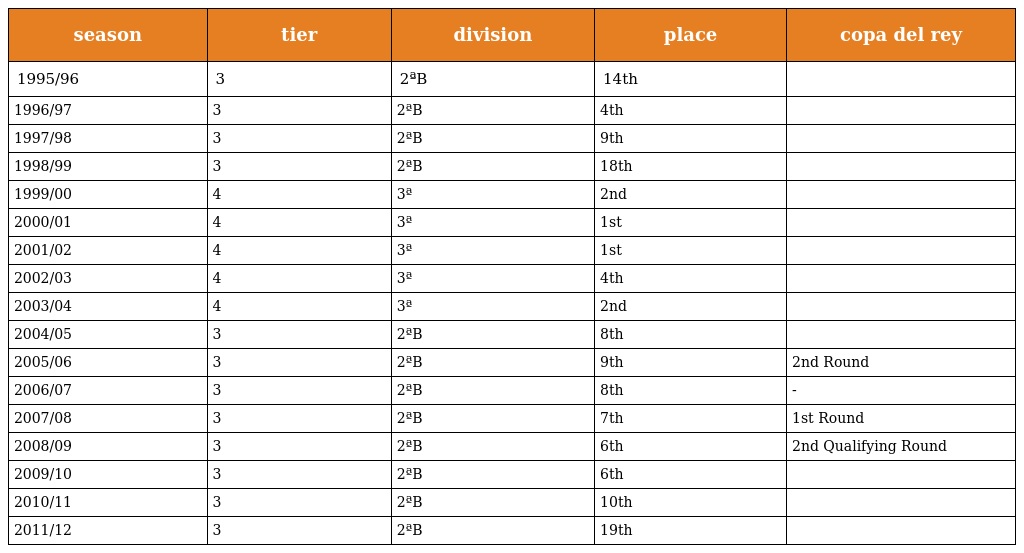
| season | tier | division | place | copa del rey |
 | --- | --- | --- | --- | --- |
 | 1995/96 | 3 | 2ªB | 14th |  |
 | 1996/97 | 3 | 2ªB | 4th |  |
 | 1997/98 | 3 | 2ªB | 9th |  |
 | 1998/99 | 3 | 2ªB | 18th |  |
 | 1999/00 | 4 | 3ª | 2nd |  |
 | 2000/01 | 4 | 3ª | 1st |  |
 | 2001/02 | 4 | 3ª | 1st |  |
 | 2002/03 | 4 | 3ª | 4th |  |
 | 2003/04 | 4 | 3ª | 2nd |  |
 | 2004/05 | 3 | 2ªB | 8th |  |
 | 2005/06 | 3 | 2ªB | 9th | 2nd Round |
 | 2006/07 | 3 | 2ªB | 8th | - |
 | 2007/08 | 3 | 2ªB | 7th | 1st Round |
 | 2008/09 | 3 | 2ªB | 6th | 2nd Qualifying Round |
 | 2009/10 | 3 | 2ªB | 6th |  |
 | 2010/11 | 3 | 2ªB | 10th |  |
 | 2011/12 | 3 | 2ªB | 19th |  |